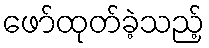
ဖော်ထုတ်ခဲ့သည့်